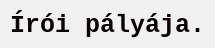
Írói pályája.